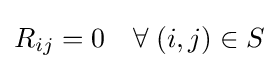
R_{ij}=0\quad \forall \;(i,j)\in S